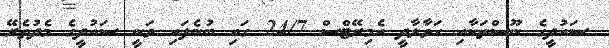
ސައުދީގެ ނޫސްތަކާއި ހަވާލާދީ އެމިރޭޓްސް 24/7 ގައި ބުނެފައި ވަނީ ސައުދީގެ މެދުތެރޭ